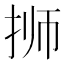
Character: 𰓝